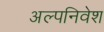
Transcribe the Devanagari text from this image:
अल्पनिवेश